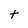
Character: t